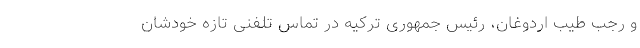
و رجب طیب اردوغان،‌ رئیس‌ جمهوری ترکیه در تماس تلفنی تازه خودشان